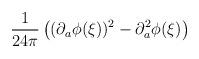
LaTeX: \begin{align*}\frac{1}{24\pi}\left((\partial_{a}\phi(\xi))^{2}-\partial_{a}^{2}\phi(\xi)\right) \end{align*}